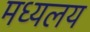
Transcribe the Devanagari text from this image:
मध्‍यलय